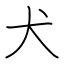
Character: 犬